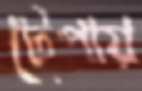
টেপায়